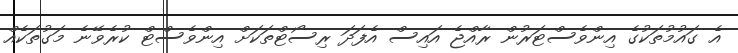
އެ ގައުމުތަކުގެ އިންވެސްޓަރުން ރާއްޖެ އައިސް އެފަދަ ރިސޯޓްތަކަށް އިންވެސްޓް ކުރެވޭނެ މަގުތަކެއް